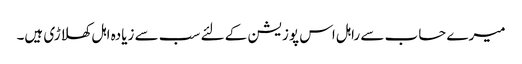
میرے حساب سے راہل اس پوزیشن کے لئے سب سے زیادہ اہل کھلاڑی ہیں۔